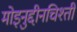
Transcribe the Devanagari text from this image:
मोइनुद्दीनचिश्ती